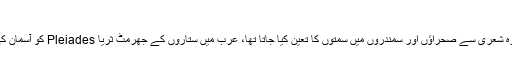
فطری تخیل سے ٹوٹا ناتا
قدیم زمانے میں لوگ ستاروں سے وقت اور مقام کا تعین کرلیتے تھے، جنوبی ستارہ شعریٰ سے صحراؤں اور سمندروں میں سمتوں کا تعین کیا جاتا تھا، عرب میں ستاروں کے جھرمٹ ثریا Pleiades کو آسمان کی بلند ترین حد سمجھا جاتا تھا، اور ستاروں پر کئی اشعار اور محاورے موجود ہیں۔